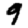
Digit: 9